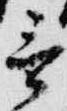
言